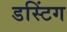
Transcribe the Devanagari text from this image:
डस्टिंग